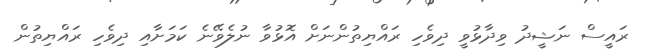
ރައީސް ނަޝީދު ވިދާޅުވީ ދިވެހި ރައްޔިތުންނަށް އޮޅުވާ ނުލެވޭނެ ކަމަށާއި ދިވެހި ރައްޔިތުން